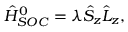
\hat { H } _ { S O C } ^ { 0 } = \lambda \hat { S } _ { z } \hat { L } _ { z } ,